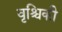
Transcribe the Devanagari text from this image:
वृश्चिकी